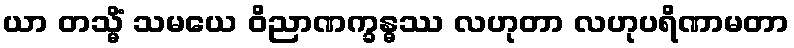
ယာ တသ္မိံ သမယေ ဝိညာဏက္ခန္ဓဿ လဟုတာ လဟုပရိဏာမတာ